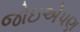
જોઇએપણ